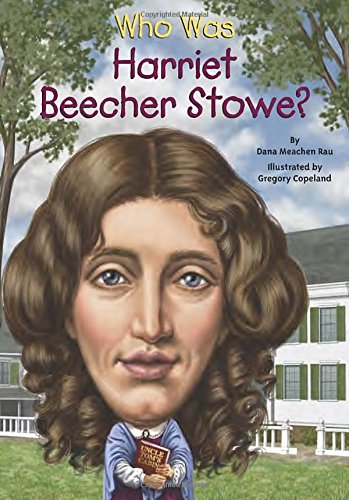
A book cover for Who Was Harriet Beecher Stowe?; Dana Meachen Rau; Children's Books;